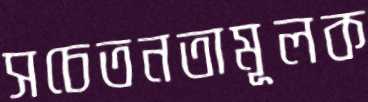
সচেতনতামূলক